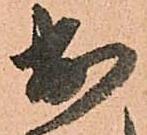
出